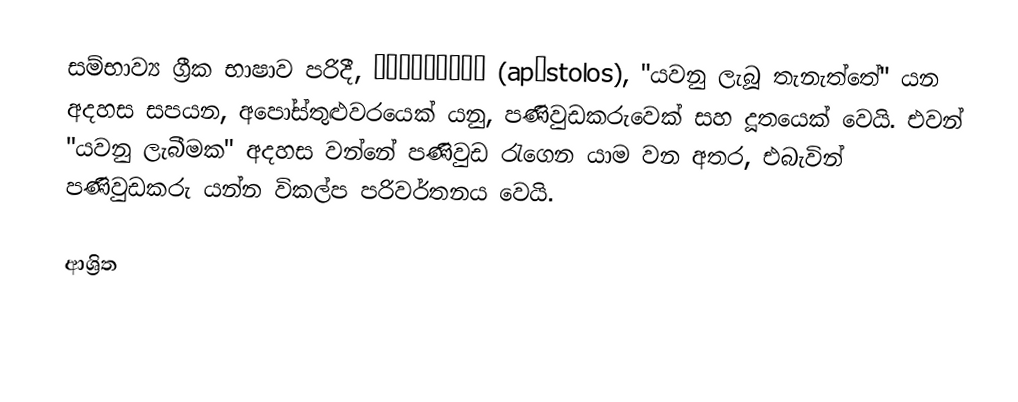
සම්භාව්‍ය ග්‍රීක භාෂාව පරිදී,  ἀπόστολος (apóstolos), "යවනු ලැබූ තැනැත්තේ" යන අදහස සපයන, අපෝස්තුළුවරයෙක් යනු,  පණිවුඩකරුවෙක් සහ දූතයෙක් වෙයි. එවන් "යවනු ලැබීමක" අදහස වන්නේ  පණිවුඩ රැගෙන යාම වන අතර, එබැවින් පණිවුඩකරු යන්න විකල්ප පරිවර්තනය වෙයි.

ආශ්‍රිත